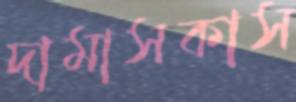
দামাসকাস